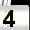
Digit: 4